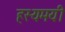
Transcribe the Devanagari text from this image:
हस्यमयी